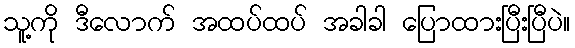
သူ့ကို ဒီလောက် အထပ်ထပ် အခါခါ ပြောထားပြီးပြီပဲ။